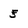
Character: 5